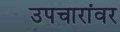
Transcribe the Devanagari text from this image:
उपचारांवर